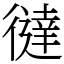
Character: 㣵